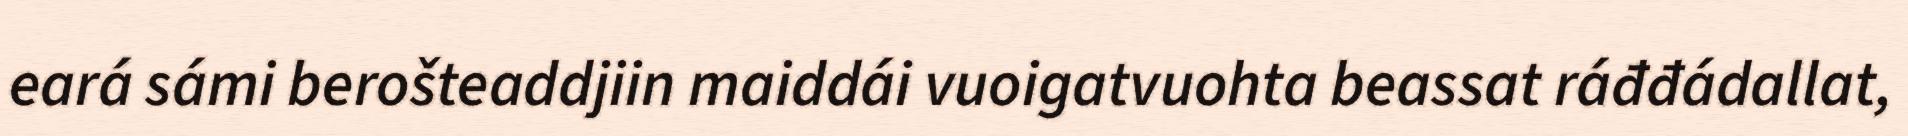
eará sámi berošteaddjiin maiddái vuoigatvuohta beassat ráđđádallat,